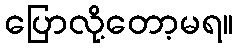
ပြောလို့တော့မရ။